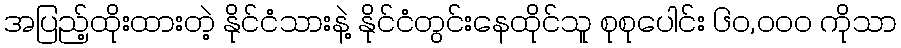
အပြည့်ထိုးထားတဲ့ နိုင်ငံသားနဲ့ နိုင်ငံတွင်းနေထိုင်သူ စုစုပေါင်း ၆၀,၀၀၀ ကိုသာ